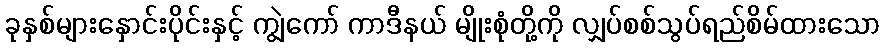
ခုနှစ်များနှောင်းပိုင်းနှင့် ကျွဲကော် ကာဒီနယ် မျိုးစုံတို့ကို လျှပ်စစ်သွပ်ရည်စိမ်ထားသော